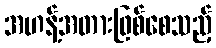
အဟန့်အတားဖြစ်စေသည့်